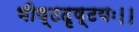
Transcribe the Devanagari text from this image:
भीष्टदृष्टयः।।